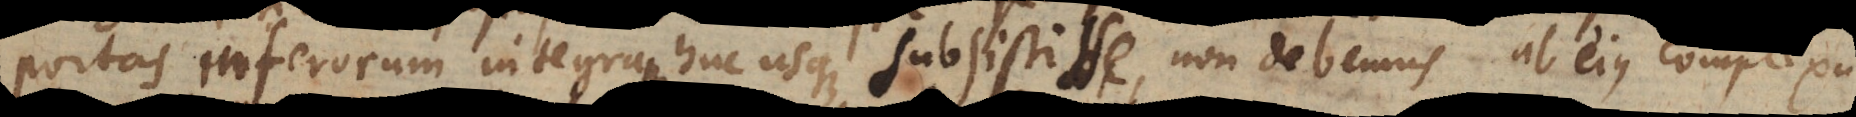
portas inferorum integram huc usque substitisse, non debemus ab unitate